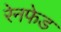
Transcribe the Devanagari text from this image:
रेनफेड